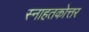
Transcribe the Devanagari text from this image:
स्नाहतकोत्तर